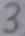
3